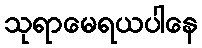
သုရာမေရယပါနေ